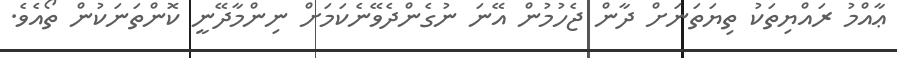
ޢާއްމު ރައްޔިތަކު ތިޔަތަނަށް ދާން ޖެހުމުން އޭނަ ނުގެންދެވޭނެކަމަށް ނިންމާދޭނީ ކޮންތަނަކުން ތޯއެވެ.